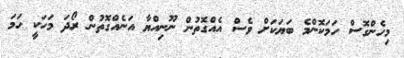
މިހެންގޮސް ހަމަކޮންމެ ބަޔަކަށް ވެސް އެއްގޮތުން ނޫނިއްޔާ އަނެއްގޮތުން ރޯދަ މަހަކީ ހަމަ